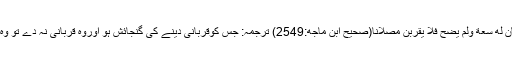
نبی ﷺ کا فرمان ہے : من كانَ لَه سَعةٌ ولم يضحِّ فلا يقربنَّ مصلَّانا(صحيح ابن ماجه:2549) ترجمہ: جس کوقربانی دینے کی گنجائش ہو اوروہ قربانی نہ دے تو وہ ہمارے عید گاہ میں نہ آئے۔